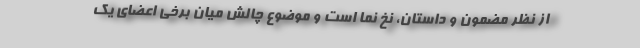
از نظر مضمون و داستان، نخ نما است و موضوع چالش میان برخی اعضای یک